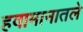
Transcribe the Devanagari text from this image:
हवामानातले